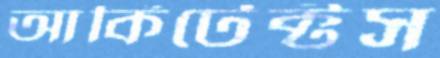
আর্কিটেক্টস